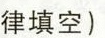
律填空)